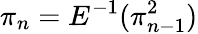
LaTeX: \pi_{n}=E^{-1}(\pi_{n-1}^{2})